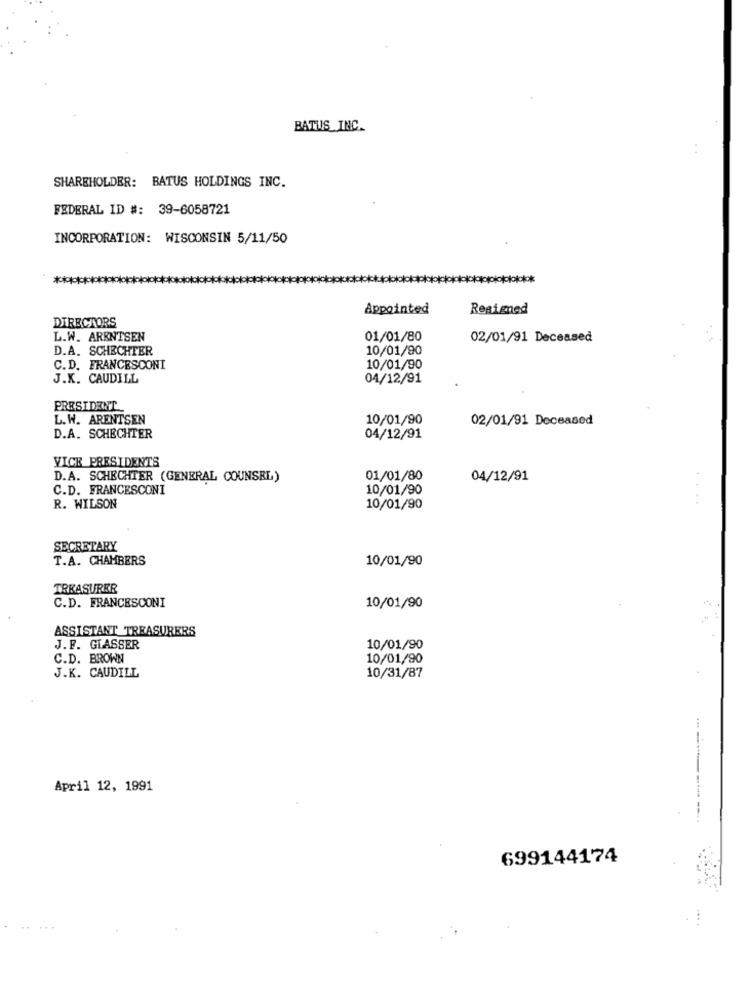
BATUS INC.
SHAREHOLDER: BATUS HOLDINGS INC.
FEDERAL ID #: 39-6058721
INCORPORATION: WISCONSIN 5/11/50
***
Appointed
Resigned
DIRECTORS
L.W. ARENTSEN
01/01/80
02/01/91 Deceased
D.A. SCHECHTER
10/01/90
C.D. FRANCESCONI
10/01/90
J.K. CAUDILL
04/12/91
PRESIDENT
L.W. ARENTSEN
10/01/90
02/01/91 Deceased
D.A. SCHECHTER
04/12/91
VICE PRESIDENTS
D.A. SCHECHTER (GENERAL COUNSEL)
01/01/80
04/12/91
C.D. FRANCESCONI
10/01/90
R. WILSON
10/01/90
SECRETARY
T.A. CHAMBERS
10/01/90
TREASURER
C.D. FRANCESCONI
10/01/90
ASSISTANT TREASURERS
J.F. GLASSER
10/01/90
C.D. BROWN
10/01/90
J.K. CAUDILL
10/31/87
April 12, 1991
699144174